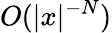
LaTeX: O(|x|^{-N})